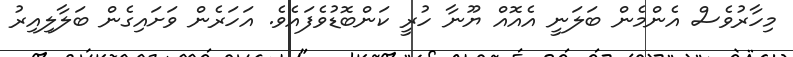
މިހާރުވެސް އެންމެން ބަލަނީ އެއޮއް ޔޫނާ ހުރީ ކަންބޮޑުވެފައެވެ. އަހަރެން ވަށައިގެން ބަލާލިއިރު